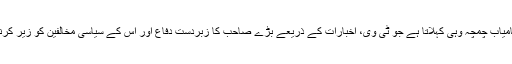
سیاست میں کامیاب چمچہ وہی کہلاتا ہے جو ٹی وی، اخبارات کے ذریعے بڑے صاحب کا زبردست دفاع اور اُس کے سیاسی مخالفین کو زیر کرنے کا ماہر ہو۔